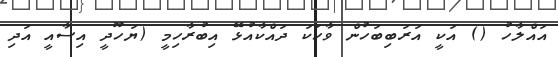
އައްލާހު () އަކީ އަރަބިބަހުން ވާހަކަ ދައްކާއުޅޭ އިބުރާހިމީ (ޔަހޫދީ އިސާއީ އަދި